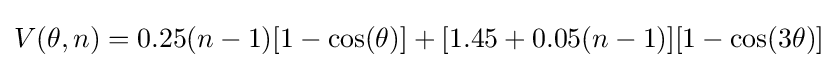
V(\theta ,n)=0.25(n-1)[1-\cos(\theta )]+[1.45+0.05(n-1)][1-\cos(3\theta )]